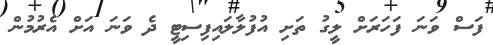
ފަސް ވަނަ ފަހަރަށް ލީގު ތަށި އުފުލާލައިފިސިޓީ ދެ ވަނަ އަށް އެރުމުން